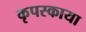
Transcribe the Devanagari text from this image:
कृपस्काया